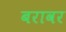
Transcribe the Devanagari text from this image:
बरावर